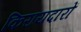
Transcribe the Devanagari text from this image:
किरायदारों